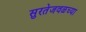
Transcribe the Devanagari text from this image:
सुरतेजवळच्या